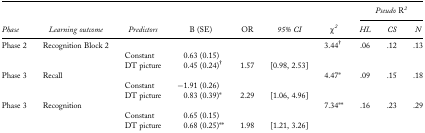
<table><thead><tr><td><b> </b></td><td><b> </b></td><td><b> </b></td><td><b> </b></td><td><b> </b></td><td><b> </b></td><td><b> </b></td><td colspan="3"><b>Pseudo <i>R</i><sup>2</sup></b></td></tr><tr><td><b>Phase</b></td><td><b>Learning outcome</b></td><td><b>Predictors</b></td><td><b><i>B (SE)</i></b></td><td><b><i>OR</i></b></td><td><b>95% CI</b></td><td><b><i>χ</i><sup>2</sup></b></td><td><b>HL</b></td><td><b>CS</b></td><td><b>N</b></td></tr></thead><tbody><tr><td>Phase 2</td><td>Recognition Block 2</td><td> </td><td> </td><td> </td><td> </td><td>3.44<sup>†</sup></td><td>.06</td><td>.12</td><td>.13</td></tr><tr><td> </td><td> </td><td>Constant</td><td>0.63 (0.15)</td><td> </td><td> </td><td> </td><td> </td><td> </td><td> </td></tr><tr><td> </td><td> </td><td>DT picture</td><td>0.45 (0.24)<sup>†</sup></td><td>1.57</td><td>[0.98, 2.53]</td><td> </td><td> </td><td> </td><td> </td></tr><tr><td>Phase 3</td><td>Recall</td><td> </td><td> </td><td> </td><td> </td><td>4.47*</td><td>.09</td><td>.15</td><td>.18</td></tr><tr><td> </td><td> </td><td>Constant</td><td>−1.91 (0.26)</td><td> </td><td> </td><td> </td><td> </td><td> </td><td> </td></tr><tr><td> </td><td> </td><td>DT picture</td><td>0.83 (0.39)*</td><td>2.29</td><td>[1.06, 4.96]</td><td> </td><td> </td><td> </td><td> </td></tr><tr><td>Phase 3</td><td>Recognition</td><td> </td><td> </td><td> </td><td> </td><td>7.34**</td><td>.16</td><td>.23</td><td>.29</td></tr><tr><td> </td><td> </td><td>Constant</td><td>0.65 (0.15)</td><td> </td><td> </td><td> </td><td> </td><td> </td><td> </td></tr><tr><td> </td><td> </td><td>DT picture</td><td>0.68 (0.25)**</td><td>1.98</td><td>[1.21, 3.26]</td><td> </td><td> </td><td> </td><td> </td></tr></tbody></table>